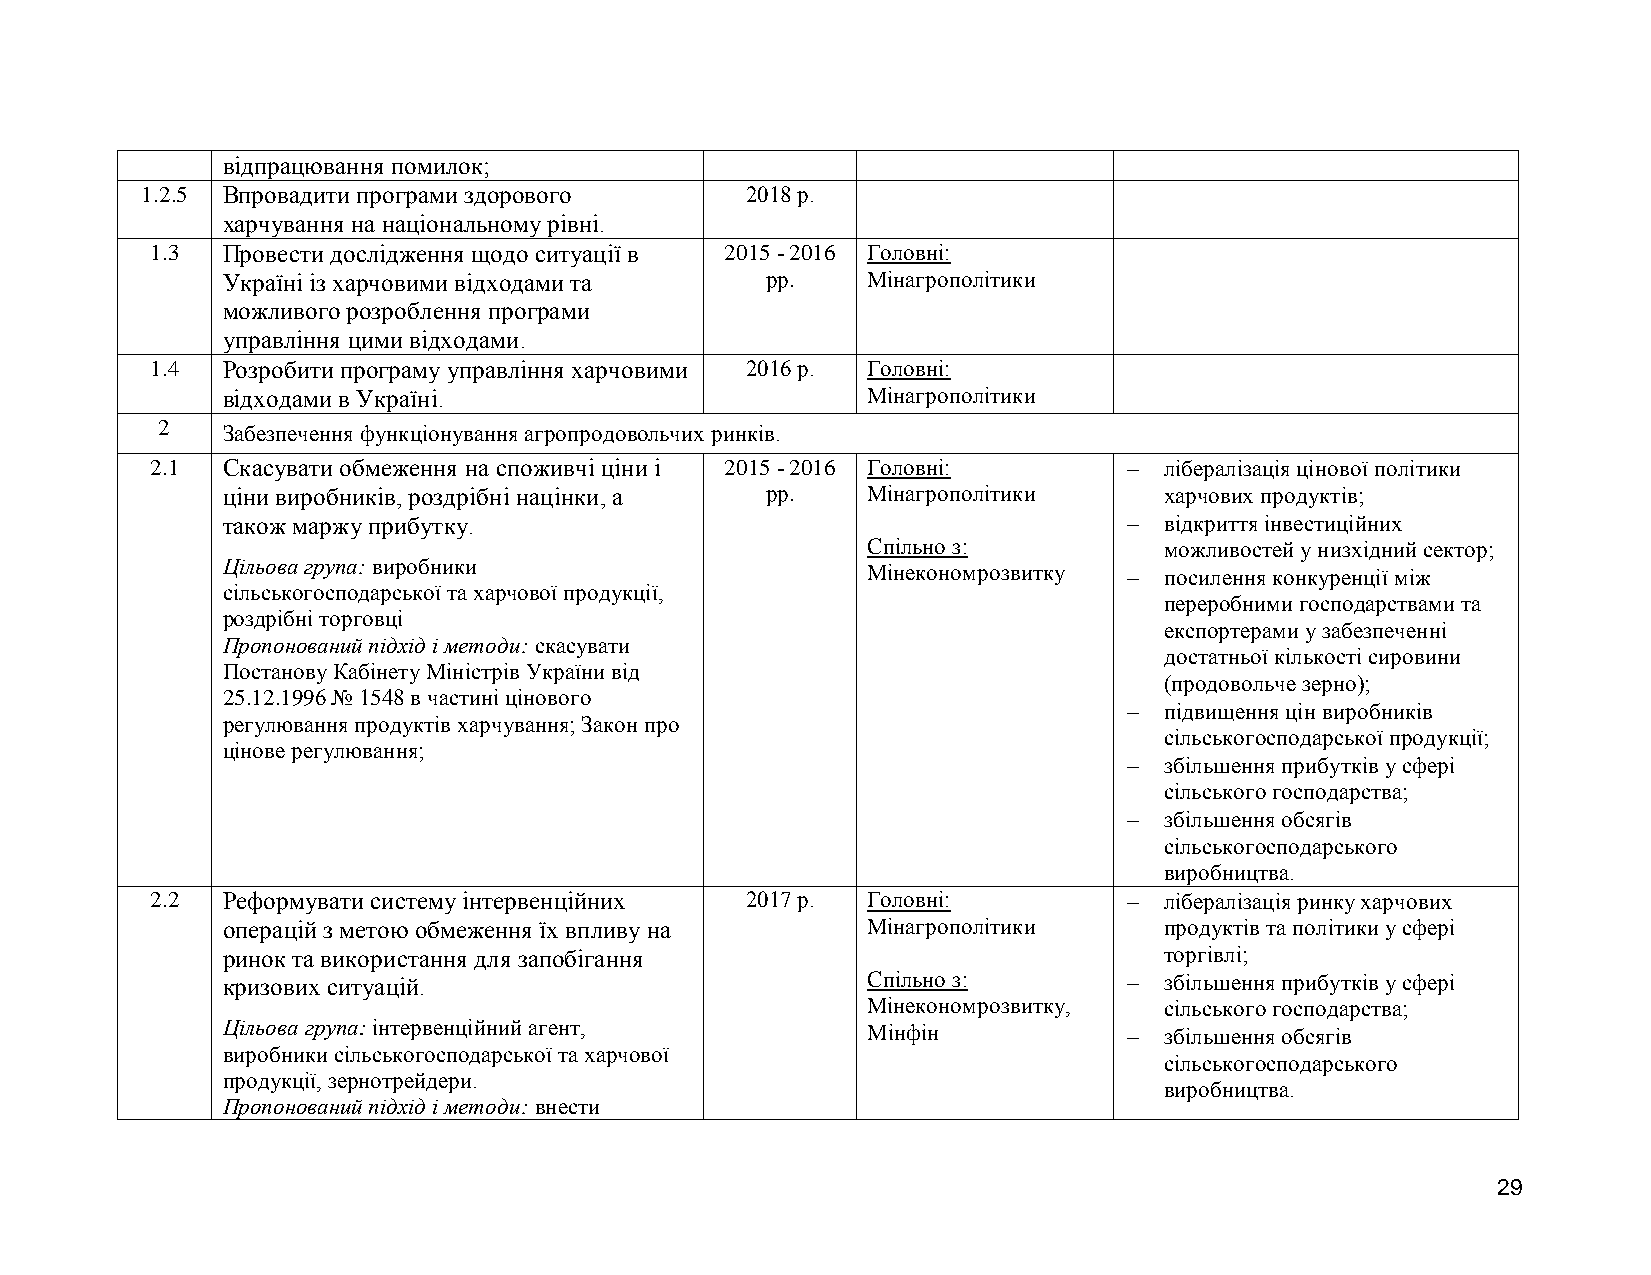
відпрацювання помилок;
 1.2.5 Впровадити програми здорового     2018 р.
 харчування на національному рівні.
 1.3  Провести дослідження щодо ситуації в 2015 - 2016 Головні:
 Україні із харчовими відходами та   рр.   Мінагрополітики
 можливого розроблення програми
 управління цими відходами.
 1.4  Розробити програму управління харчовими 2016 р. Головні:
 відходами в Україні.                      Мінагрополітики
 2    Забезпечення функціонування агропродовольчих ринків.
 2.1  Скасувати обмеження на споживчі ціни і 2015 - 2016 Головні:  лібералізація цінової політики
 ціни виробників, роздрібні націнки, а рр. Мінагрополітики     харчових продуктів;
 також маржу прибутку.                                        відкриття інвестиційних
 Спільно з:          можливостей у низхідний сектор;
 Цільова група: виробники
 Мінекономрозвитку  посилення конкуренції між
 сільськогосподарської та харчової продукції,
 переробними господарствами та
 роздрібні торговці
 експортерами у забезпеченні
 Пропонований підхід і методи: скасувати
 достатньої кількості сировини
 Постанову Кабінету Міністрів України від
 (продовольче зерно);
 25.12.1996 № 1548 в частині цінового
  підвищення цін виробників
 регулювання продуктів харчування; Закон про
 сільськогосподарської продукції;
 цінове регулювання;
  збільшення прибутків у сфері
 сільського господарства;
  збільшення обсягів
 сільськогосподарського
 виробництва.
 2.2  Реформувати систему інтервенційних 2017 р. Головні:          лібералізація ринку харчових
 операцій з метою обмеження їх впливу на   Мінагрополітики     продуктів та політики у сфері
 ринок та використання для запобігання                         торгівлі;
 кризових ситуацій.                        Спільно з:         збільшення прибутків у сфері
 Мінекономрозвитку,  сільського господарства;
 Цільова група: інтервенційний агент,      Мінфін             збільшення обсягів
 виробники сільськогосподарської та харчової
 сільськогосподарського
 продукції, зернотрейдери.
 виробництва.
 Пропонований підхід і методи: внести
 29